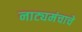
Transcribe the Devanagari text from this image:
नाट्यमंचाचे